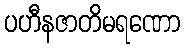
ပဟီနဇာတိမရဏော